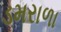
ડમરાળા